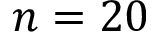
n = 2 0